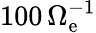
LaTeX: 100\, \Omega_{\mathrm{e}}^{-1}